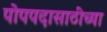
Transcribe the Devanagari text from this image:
पोपपदासाठीच्या